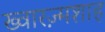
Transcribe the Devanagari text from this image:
ख्वारज़्मशाह